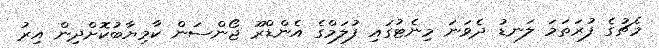
މެޗުގެ ފުރަތަމަ ލަނޑު ދެވަނަ މިނެޓުގައި ފުލަމްގެ އެންޑްރޫ ޖޯންސަން ކާމިޔާބުކޮށްދިން އިރު